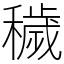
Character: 穢